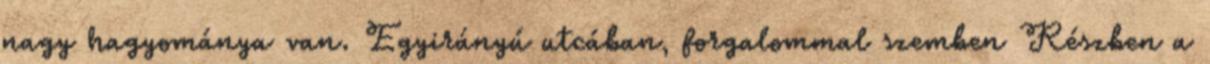
nagy hagyománya van. Egyirányú utcában, forgalommal szemben Részben a